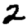
Digit: 2